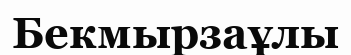
Бекмырзаұлы